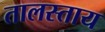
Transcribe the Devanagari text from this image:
तालस्ताय